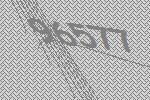
96577